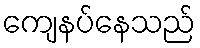
ကျေနပ်နေသည်